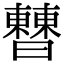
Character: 𣍘